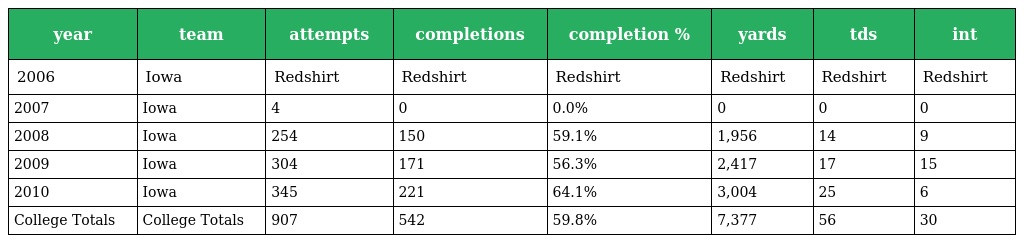
| year | team | attempts | completions | completion % | yards | tds | int |
 | --- | --- | --- | --- | --- | --- | --- | --- |
 | 2006 | Iowa | Redshirt | Redshirt | Redshirt | Redshirt | Redshirt | Redshirt |
 | 2007 | Iowa | 4 | 0 | 0.0% | 0 | 0 | 0 |
 | 2008 | Iowa | 254 | 150 | 59.1% | 1,956 | 14 | 9 |
 | 2009 | Iowa | 304 | 171 | 56.3% | 2,417 | 17 | 15 |
 | 2010 | Iowa | 345 | 221 | 64.1% | 3,004 | 25 | 6 |
 | College Totals | College Totals | 907 | 542 | 59.8% | 7,377 | 56 | 30 |